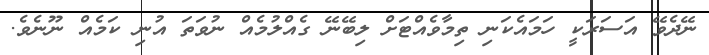
ނޭދެވޭ އަސަރަކީ ހަމައެކަނި ތިމާވެއްޓަށް ލިބޭނޭ ގެއްލުމެއް ނުވަތަ އުނި ކަމެއް ނޫނެވެ.